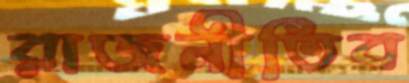
রাজনীতিব